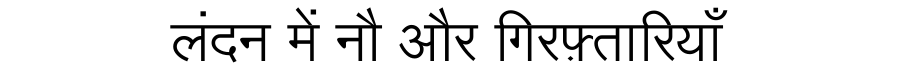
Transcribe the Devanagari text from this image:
लंदन में नौ और गिरफ़्तारियाँ